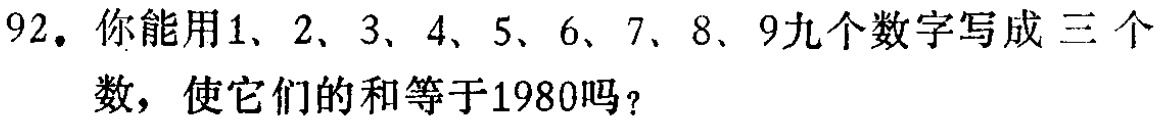
92. 你能用1、2、3、4、5、6、7、8、9九个数字写成三个数，使它们的和等于1980吗？